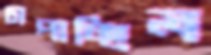
চাপাচ্ছিল